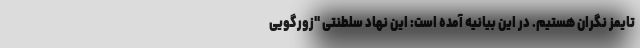
تایمز نگران هستیم. در این بیانیه آمده است: این نهاد سلطنتی "زورگویی